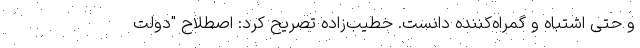
و حتی اشتباه و گمراه‌کننده دانست. خطیب‌زاده تصریح کرد: اصطلاح "دولت